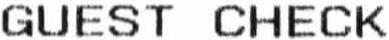
GUEST CHECK